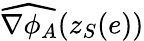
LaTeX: \widehat{\nabla\phi_{A}}(z_{S}(e))